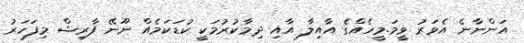
އަންނާނެ އެވަރު ވީމަ.މީހެއްގެ އާއިލާ އާއި ދިމާކުރުމަކީ ކުޑަކަމެއް ނޫނޭ ފާރިޝް މިފަހަރު